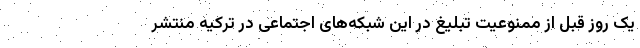
یک روز قبل از ممنوعیت تبلیغ در این شبکه‌های اجتماعی در ترکیه منتشر